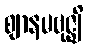
ဈာနမဗုဇ္ဈိ